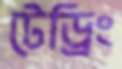
টেড্রিং